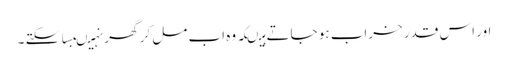
اور اس قدر خراب ہو جاتے ہیںکہ وہ اب مل کر گھر نہیںبسا سکتے ۔